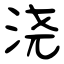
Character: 浇